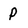
Character: P